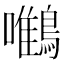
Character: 𪄼